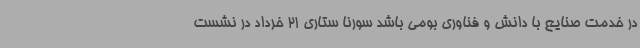
در خدمت صنایع با دانش و فناوری بومی باشد سورنا ستاری 21 خرداد در نشست